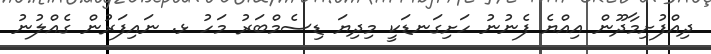
ދިއްފުށިމާދޫން އިއްޔެ ފެނުނު ހަށިގަނޑަކީ މިދިޔަ ޑިސެމްބަރު މަހު ޅ. ނައިފަރުން ގެއްލުނު